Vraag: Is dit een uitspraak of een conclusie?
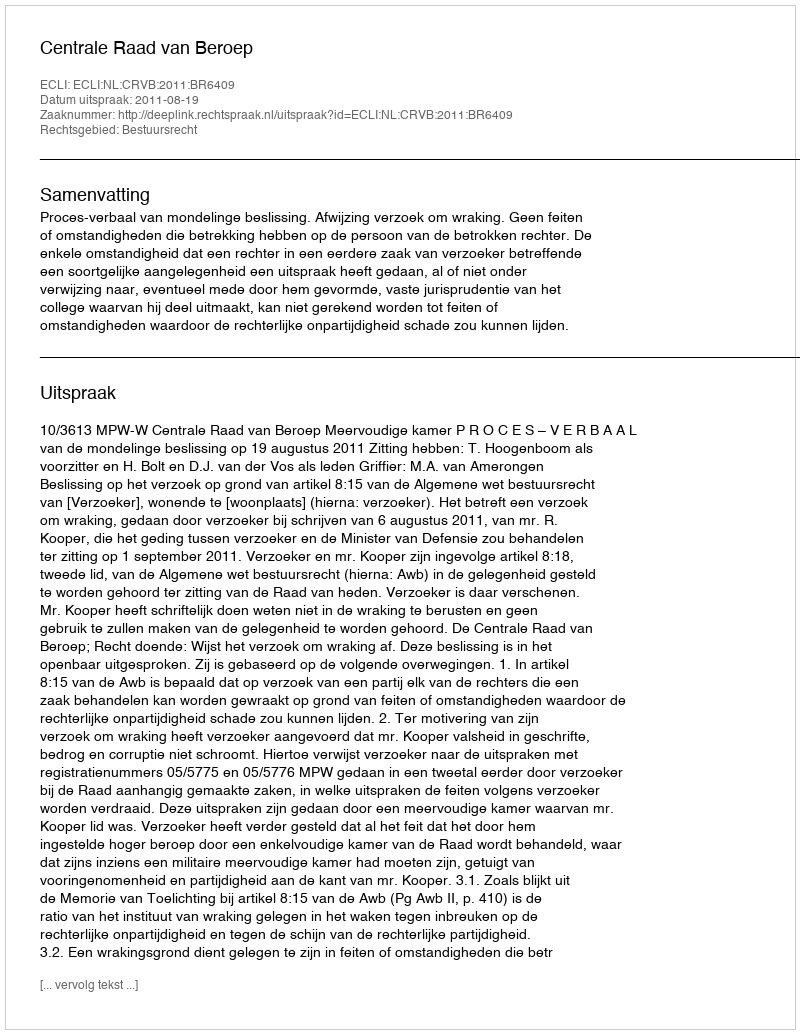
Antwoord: Uitspraak